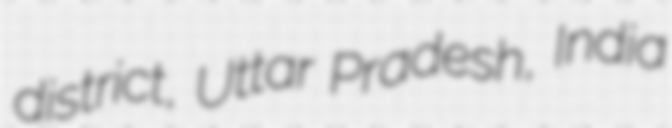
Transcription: district, Uttar Pradesh, India